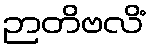
ဉာတိဗလိံ